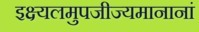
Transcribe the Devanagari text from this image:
इक्ष्यलमुपजीज्यमानानां